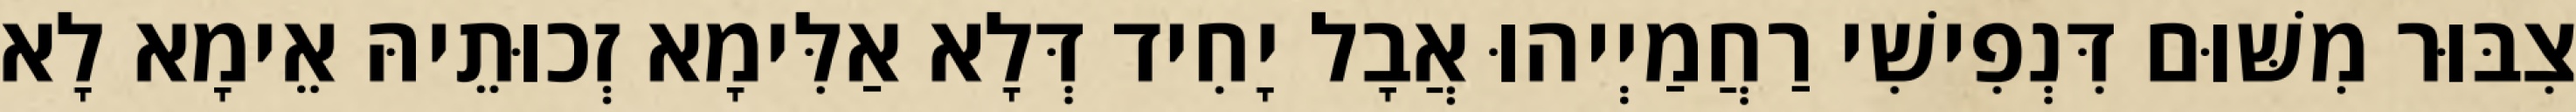
צִבּוּר מִשּׁוּם דִּנְפִישִׁי רַחֲמַיְיהוּ אֲבָל יָחִיד דְּלָא אַלִּימָא זְכוּתֵיהּ אֵימָא לָא